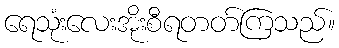
ရေသုံးလေးအိုးစီရတတ်ကြသည်။